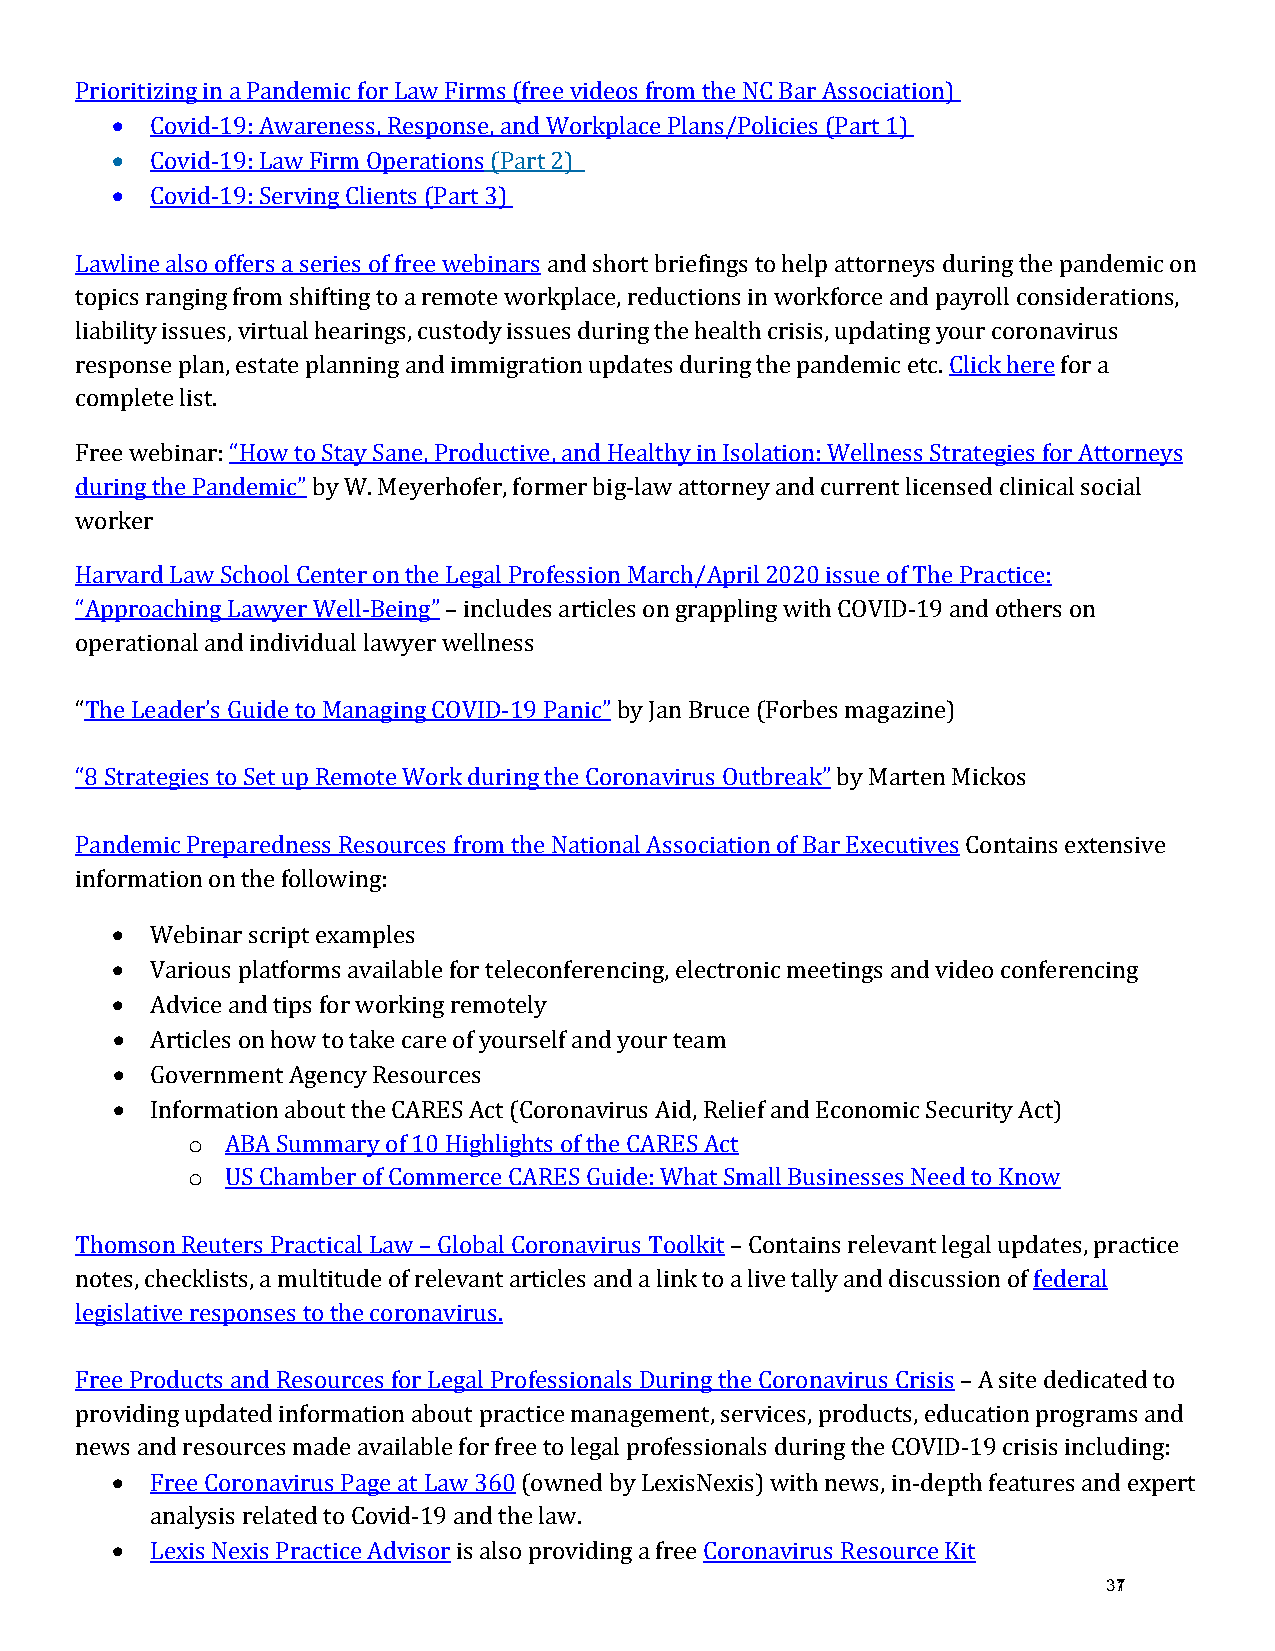
•
 Prioritizing in a Pandemic for Law Firms (free videos from the NC Bar Association)
 •
 Covid-19: Awareness, Response, and Workplace Plans/Policies (Part 1)
 •
 Covid-19: Law Firm Operations (Part 2)
 Covid-19: Serving Clients (Part 3)
 Lawline also offers a series of free webinars and short briefings to help attorneys during the pandemic on
 topics ranging from shifting to a remote workplace, reductions in workforce and payroll considerations,
 liability issues, virtual hearings, custody issues during the health crisis, updating your coronavirus
 response plan, estate planning and immigration updates during the pandemic etc. Click here for a
 complete list.
 Free webinar: “How to Stay Sane, Productive, and Healthy in Isolation: Wellness Strategies for Attorneys
 during the Pandemic” by W. Meyerhofer, former big-law attorney and current licensed clinical social
 worker
 Harvard Law School Center on the Legal Profession March/April 2020 issue of The Practice:
 “Approaching Lawyer Well-Being” – includes articles on grappling with COVID-19 and others on
 operational and individual lawyer wellness
 “The Leader’s Guide to Managing COVID-19 Panic” by Jan Bruce (Forbes magazine)
 “8 Strategies to Set up Remote Work during the Coronavirus Outbreak” by Marten Mickos
 Pandemic Preparedness Resources from the National Association of Bar Executives Contains extensive
 info•r mation on the following:
 •
 Webinar script examples
 •
 Various platforms available for teleconferencing, electronic meetings and video conferencing
 •
 Advice and tips for working remotely
 •
 Articles on how to take care of yourself and your team
 •
 Government Agency Resources
 o
 Information about the CARES Act (Coronavirus Aid, Relief and Economic Security Act)
 o
 ABA Summary of 10 Highlights of the CARES Act
 US Chamber of Commerce CARES Guide: What Small Businesses Need to Know
 Thomson Reuters Practical Law – Global Coronavirus Toolkit – Contains relevant legal updates, practice
 notes, checklists, a multitude of relevant articles and a link to a live tally and discussion of federal
 legislative responses to the coronavirus.
 Free Products and Resources for Legal Professionals During the Coronavirus Crisis – A site dedicated to
 providing updated information about practice management, services, products, education programs and
 •
 news and resources made available for free to legal professionals during the COVID-19 crisis including:
 Free Coronavirus Page at Law 360 (owned by LexisNexis) with news, in-depth features and expert
 •
 analysis related to Covid-19 and the law.
 371
 Lexis Nexis Practice Advisor is also providing a free Coronavirus Resource Kit